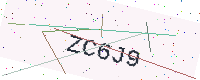
Text: ZC6J9